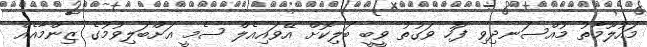
މައުލޫމާތު މުއްސަނދިވި ފަހު ވަގުތު ވީބީ ބަލިކޮށް އޭވައިއެލް ސެމީ އަށްބަލިވުމުގެ ޒިންމާއެއް